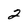
Character: 2